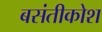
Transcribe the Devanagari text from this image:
बसंतीकोश